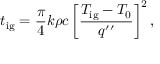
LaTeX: t _ { \mathrm { i g } } = { \frac { \pi } { 4 } } k \rho c \left[ { \frac { T _ { \mathrm { i g } } - T _ { 0 } } { q ^ { \prime \prime } } } \right] ^ { 2 } ,